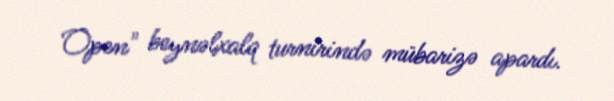
Open" beynəlxalq turnirində mübarizə apardı.